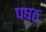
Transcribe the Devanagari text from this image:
पष्ठ